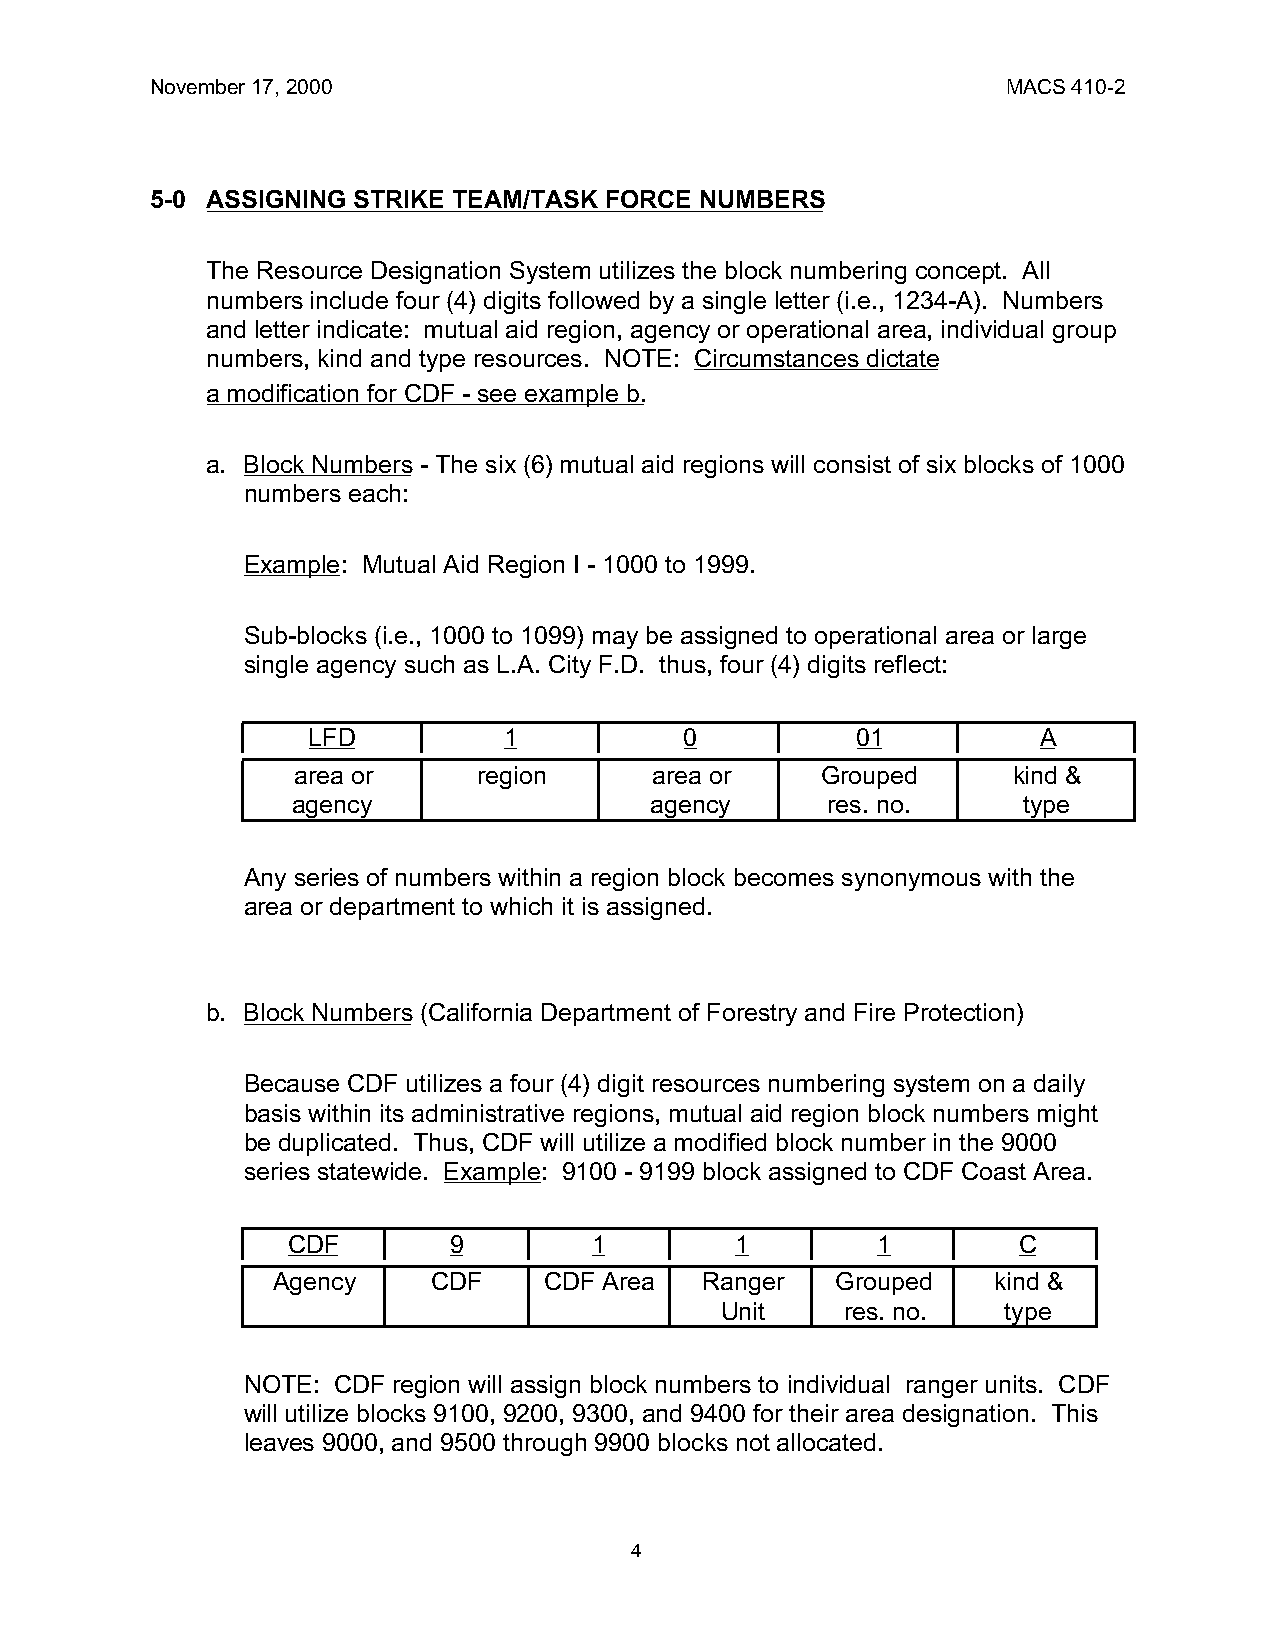
November 17, 2000                                        MACS 410-2
 5-0 ASSIGNING STRIKE TEAM/TASK FORCE NUMBERS
 The Resource Designation System utilizes the block numbering concept. All
 numbers include four (4) digits followed by a single letter (i.e., 1234-A). Numbers
 and letter indicate: mutual aid region, agency or operational area, individual group
 numbers, kind and type resources. NOTE: Circumstances dictate
 a modification for CDF - see example b.
 a. Block Numbers - The six (6) mutual aid regions will consist of six blocks of 1000
 numbers each:
 Example: Mutual Aid Region I - 1000 to 1999.
 Sub-blocks (i.e., 1000 to 1099) may be assigned to operational area or large
 single agency such as L.A. City F.D. thus, four (4) digits reflect:
 LFD          1           0           01          A
 area or      region     area or    Grouped      kind &
 agency                  agency      res. no.     type
 Any series of numbers within a region block becomes synonymous with the
 area or department to which it is assigned.
 b. Block Numbers (California Department of Forestry and Fire Protection)
 Because CDF utilizes a four (4) digit resources numbering system on a daily
 basis within its administrative regions, mutual aid region block numbers might
 be duplicated. Thus, CDF will utilize a modified block number in the 9000
 series statewide. Example: 9100 - 9199 block assigned to CDF Coast Area.
 CDF        9        1         1        1        C
 Agency     CDF    CDF Area  Ranger   Grouped    kind &
 Unit    res. no.  type
 NOTE: CDF region will assign block numbers to individual ranger units. CDF
 will utilize blocks 9100, 9200, 9300, and 9400 for their area designation. This
 leaves 9000, and 9500 through 9900 blocks not allocated.
 4